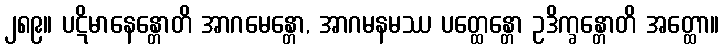
၂၈၉။ ပဋိမာနေန္တောတိ အာဂမေန္တော, အာဂမနမဿ ပတ္ထေန္တော ဥဒိက္ခန္တောတိ အတ္ထော။